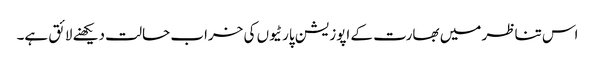
اس تناظر میں بھارت کے اپوزیشن پارٹیوں کی خراب حالت دیکھنے لائق ہے۔